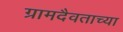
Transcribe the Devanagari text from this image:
ग्रामदैवताच्या